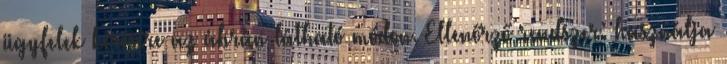
ügyfelek kérésére az ábrán látható módon. Ellenőrző rendszer: használja